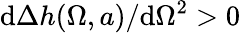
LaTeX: \textrm{d}\Delta{h}(\Omega,a)/\textrm{d}\Omega^{2}>0